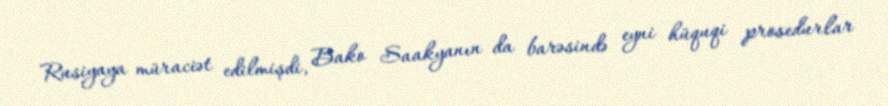
Rusiyaya müraciət edilmişdi, Bako Saakyanın da barəsində eyni hüquqi prosedurlar